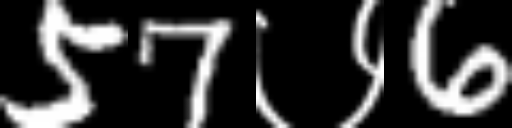
Text: 57७6